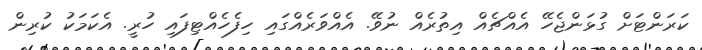
ކަރަންޓަށް ގުޅަންޖެހޭ އެއްޗެއް އިތުރެއް ނުވޭ. އެއްވަރެއްގައި ހިފެހެއްޓިފައި ހުރީ. އެކަމަކު ކުރިން